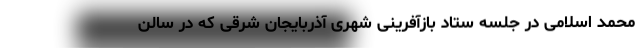
محمد اسلامی در جلسه ستاد بازآفرینی شهری آذربایجان شرقی که در سالن